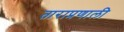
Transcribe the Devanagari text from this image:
ताराप्रणाली